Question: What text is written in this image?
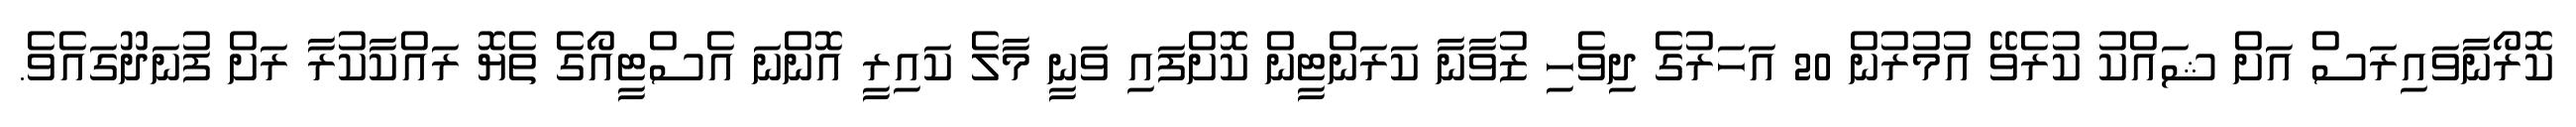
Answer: ކޮރޯނާވައިރަސް އަށް ޝައްކު ކުރެވޭ އުމުރުން 20 އަހަރުގެ ދިވެހި ޒުވާނާ ކަރަންޓީން ކޮށްފައި ވަނީ މާލެ ކައިރީ އޮންނަ އެސްޓީއޯގެ ތެޔޮ ރައްކާކުރާ ރަށް ފުނަދޫގައެވެ.